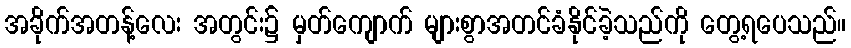
အခိုက်အတန့်လေး အတွင်း၌ မှတ်ကျောက် များစွာအတင်ခံနိုင်ခဲ့သည်ကို တွေ့ရပေသည်။